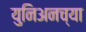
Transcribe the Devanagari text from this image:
युनिअनच्या